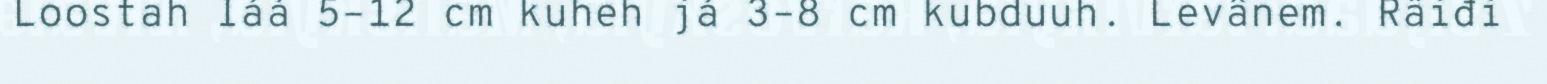
Loostah láá 5–12 cm kuheh já 3–8 cm kubduuh. Levânem. Räiđi